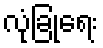
လုံခြုံရေး